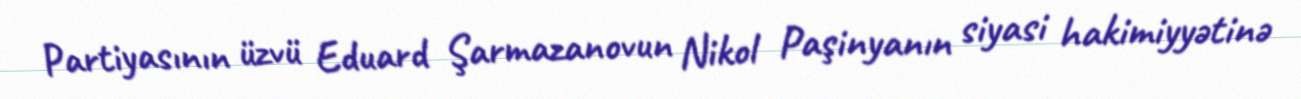
Partiyasının üzvü Eduard Şarmazanovun Nikol Paşinyanın siyasi hakimiyyətinə